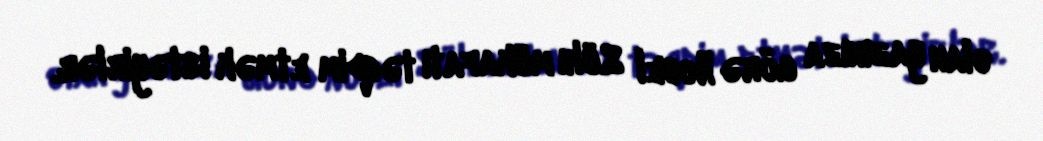
olan yazınıza görə Nobel Sülh mükafatı təqdim etmək istəyirlər.